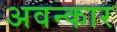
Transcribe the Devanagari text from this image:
अवन्कार